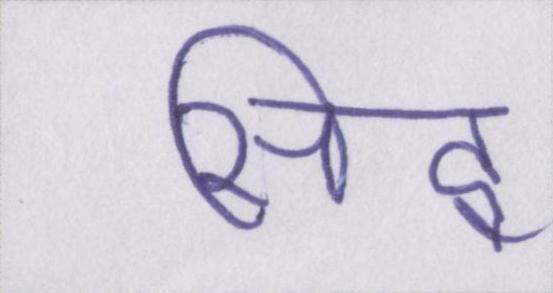
सिद्व